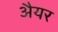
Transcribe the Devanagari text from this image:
अैयर